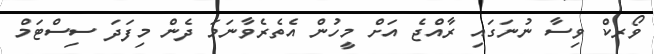
ވޯރކް ވިސާ ނުނަގައި ރާއްޖެ އަށް މީހުން އެތެރެވާނަމަ ދެން މިފަދަ ސިސްޓަމް